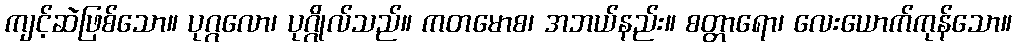
ကျင့်ဆဲဖြစ်သော။ ပုဂ္ဂလော၊ ပုဂ္ဂိုလ်သည်။ ကတမောစ၊ အဘယ်နည်း။ စတ္တာရော၊ လေးယောက်ကုန်သော။